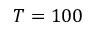
T = 1 0 0